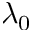
\lambda _ { 0 }